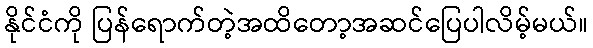
နိုင်ငံကို ပြန်ရောက်တဲ့အထိတော့အဆင်ပြေပါလိမ့်မယ်။